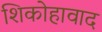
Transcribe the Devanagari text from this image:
शिकोहावाद